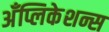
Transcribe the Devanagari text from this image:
अँप्लिकेशन्स